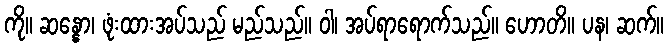
ကို။ ဆန္နော၊ ဖုံးထားအပ်သည် မည်သည်။ ဝါ၊ အပ်ရာရောက်သည်။ ဟောတိ။ ပန၊ ဆက်။